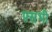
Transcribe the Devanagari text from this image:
फ्सभी